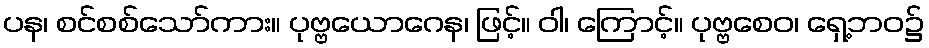
ပန၊ စင်စစ်သော်ကား။ ပုဗ္ဗယောဂေန၊ ဖြင့်။ ဝါ၊ ကြောင့်။ ပုဗ္ဗစေဝ၊ ရှေ့ဘဝ၌